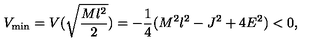
V _ { \mathrm { m i n } } = V ( \sqrt { \frac { M l ^ { 2 } } { 2 } } ) = - \frac { 1 } { 4 } ( M ^ { 2 } l ^ { 2 } - J ^ { 2 } + 4 E ^ { 2 } ) < 0 ,